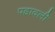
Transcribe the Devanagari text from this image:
पडावली